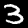
Label: 3